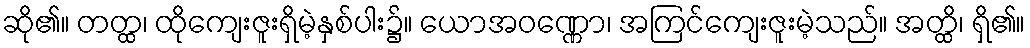
ဆို၏။ တတ္ထ၊ ထိုကျေးဇူးရှိမဲ့နှစ်ပါး၌။ ယောအဝဏ္ဏော၊ အကြင်ကျေးဇူးမဲ့သည်။ အတ္ထိ၊ ရှိ၏။